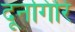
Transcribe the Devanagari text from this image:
दूनगिरि